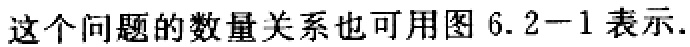
这个问题的数量关系也可用图 6.2−1 表示.